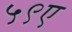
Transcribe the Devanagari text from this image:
५९ए